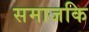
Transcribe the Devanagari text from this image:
समाजकि